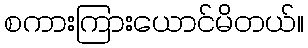
စကားကြားယောင်မိတယ်။